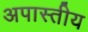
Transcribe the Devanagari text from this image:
अपास्तीय